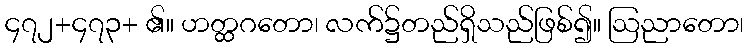
၄၇၂+၄၇၃+ ၏။ ဟတ္ထဂတော၊ လက်၌တည်ရှိသည်ဖြစ်၍။ ဩညာတော၊